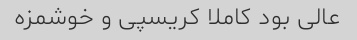
عالی بود کاملا کریسپی و خوشمزه